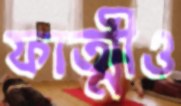
ফাত্মীও